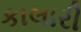
કાલારી